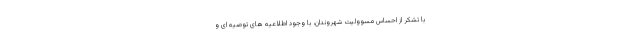
با تشکر از احساس مسوولیت شهروندان، با وجود اطلاعیه های توصیه ای و